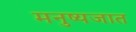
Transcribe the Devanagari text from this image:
मनुष्यजात